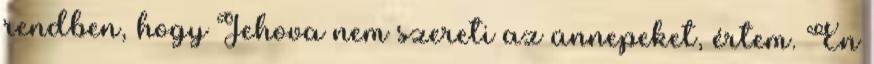
rendben, hogy Jehova nem szereti az ünnepeket, értem. Én